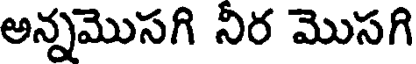
అన్నమొసగి నిర మొసగి